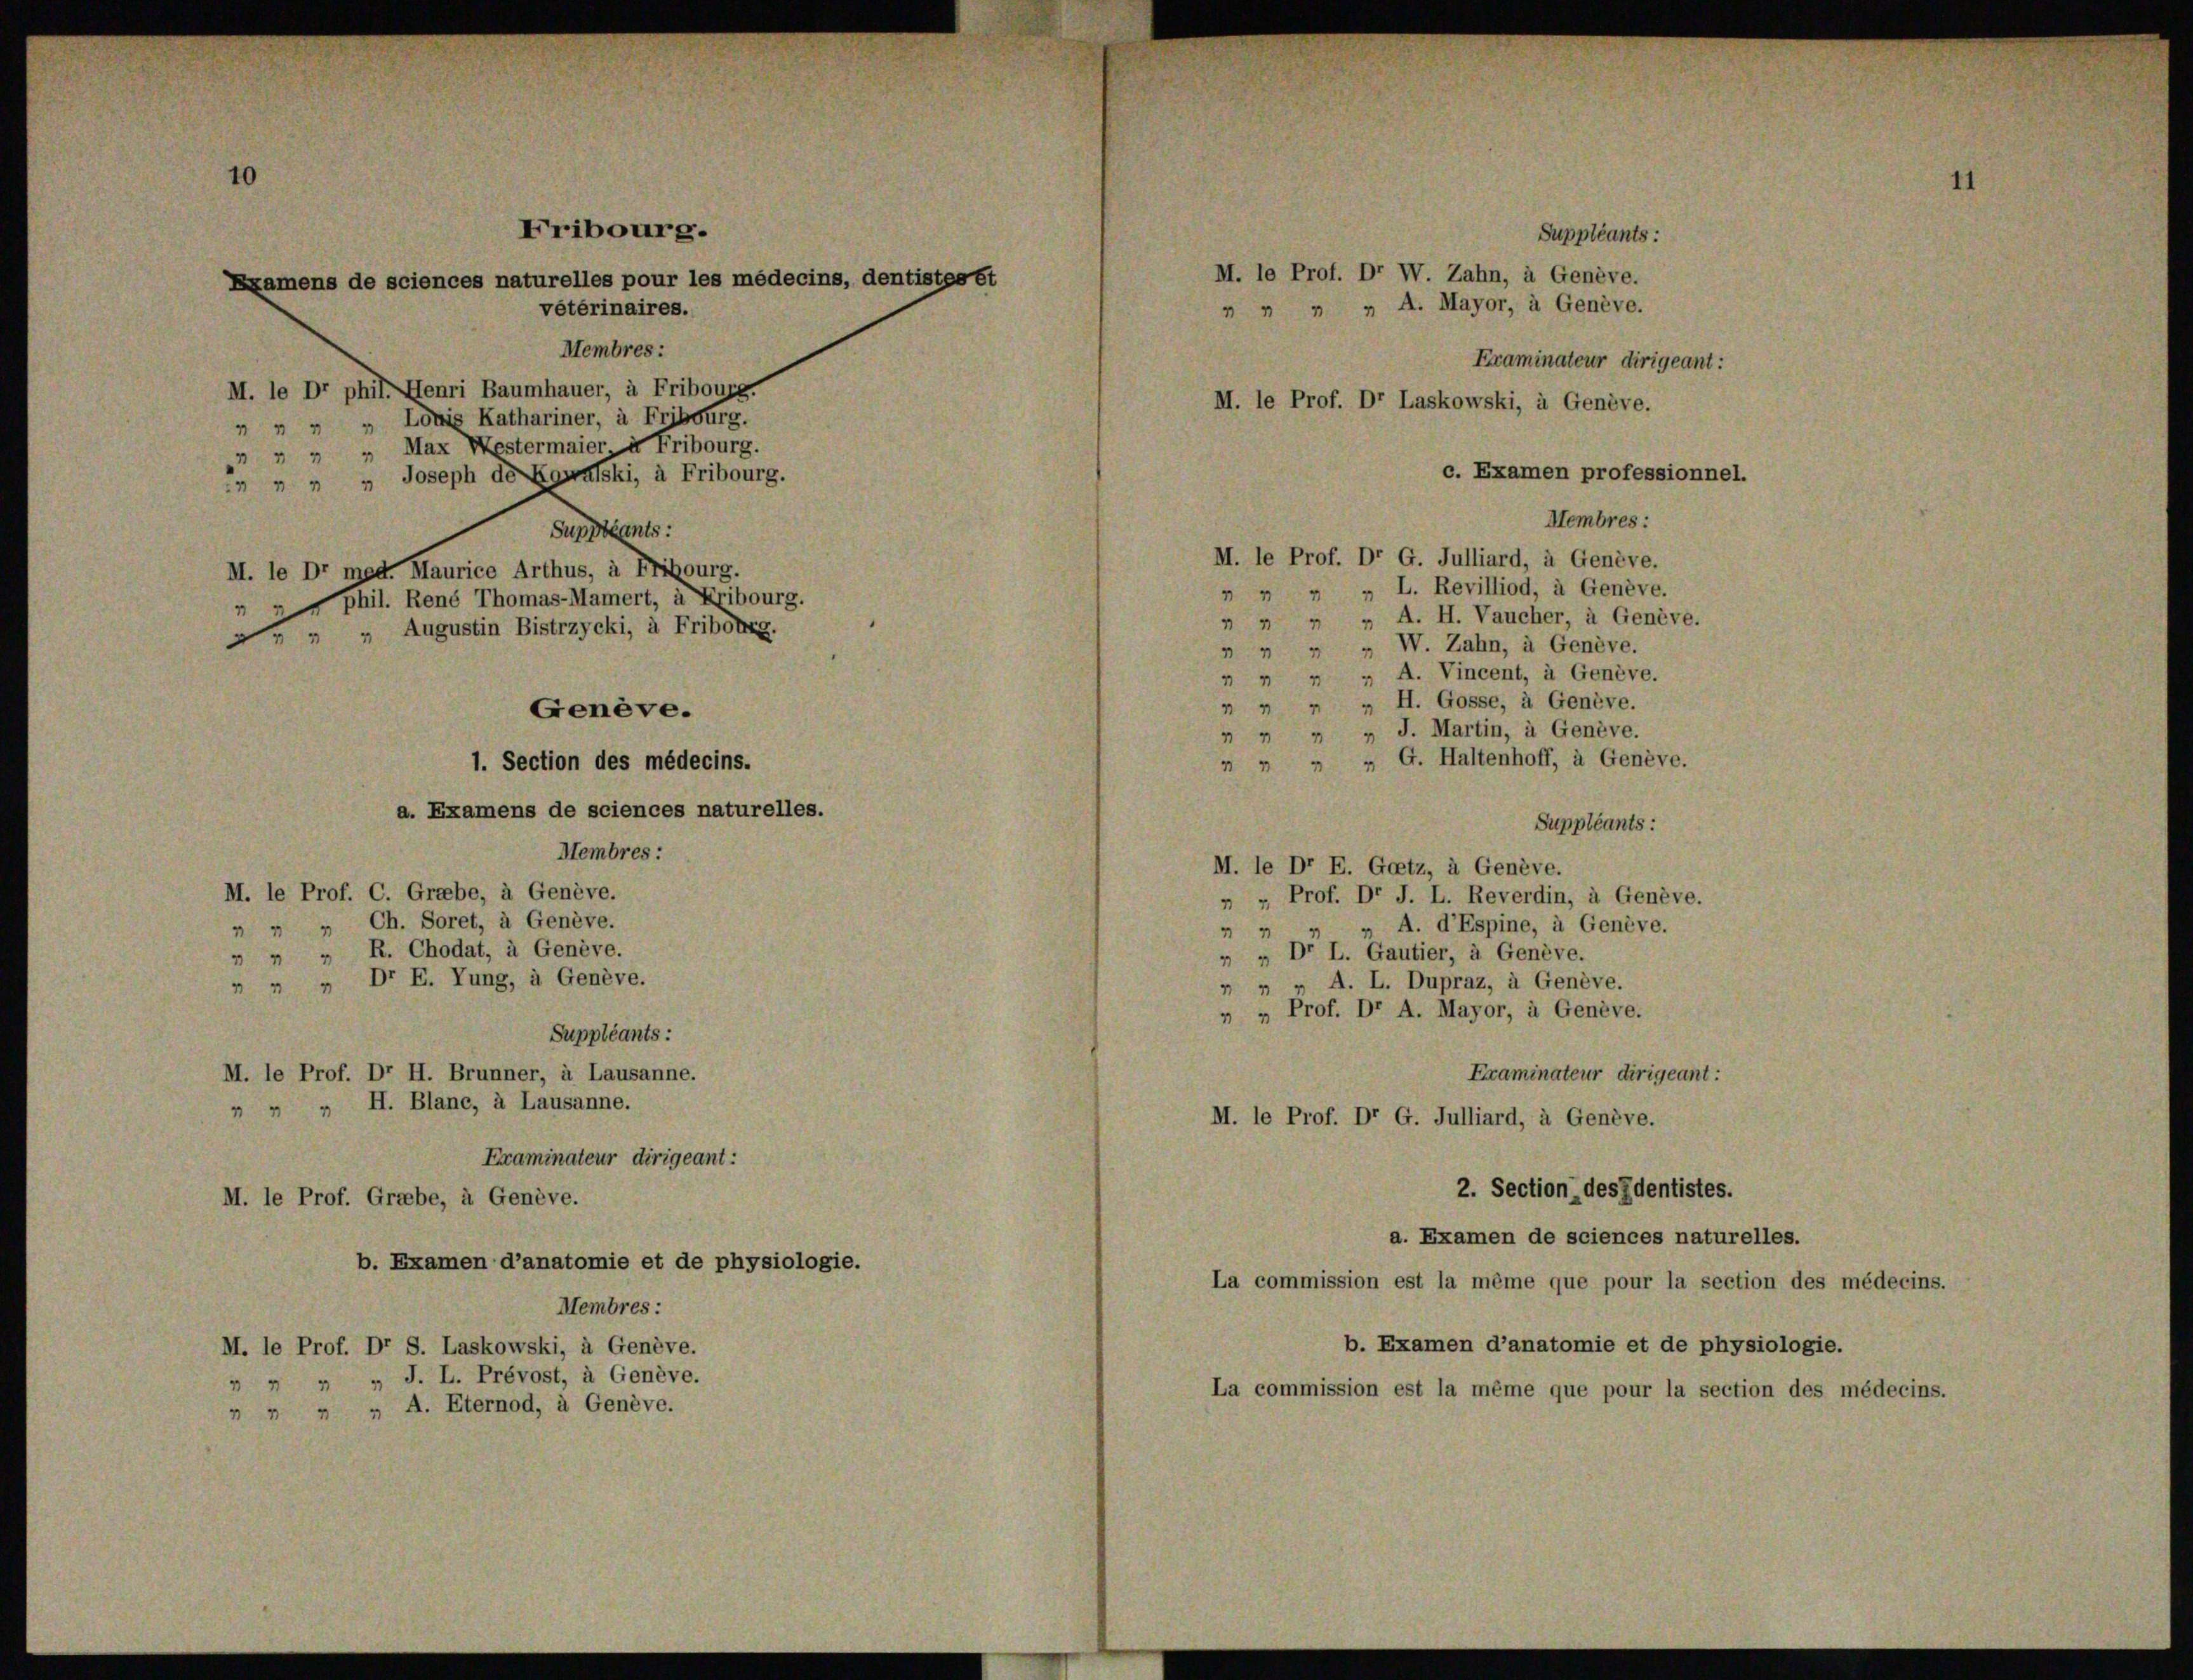
10

Fribourg.
Examens de sciences naturelles pour les médecins, dentistes et
veterinaires.
Membres:

M. le Dr phil. Henri Baumhauer, à Fribourg.
 " " " Lönig Kathariner, à Fribourg.
 " " " Max Westermaier, à Fribourg.
 " " " Joseph dé Kgwalski, à Fribourg.
Suppleants:
M. le Dr med. Maurice Arthus, à Fribourg.
phil. René Thomas-Mamert, à Fribourg.
 " " Augustin Bistrzycki, à Fribourg.
Membres:
M. le Prof. C. Grabe, à Genève.
 " " Ch. Soret, à Genève.
 " " R. Chodat, à Genève.
 " " Dr E. Tung, à Genève.
Suppléants:
M. le Prof. Dr H. Brunner, à Lausanne.
 " " H. Blanc, à Lausanne.
Examinateur dirigeant:
M. le Prof. Grabe, à Genève.
b. Examen d’anatomie et de physiologie.
Membres:
M. le Prof. Dr S. Laskowski, à Genève.
 " " " J. L. Prévost, à Genève.
 " " " A. Eternod, à Genève.

Genève.
1. Section des médecins.
a. Examens de sciences naturelles.

c. Examen professionnel.
Membres:
M. le Prof. Dr G. Julliard, à Genève.
 " " " L. Revilliod, à Genève.
 " " " A. H. Vaucher, à Genève.
 " " W. Zahn, à Genève.
 " " A. Vincent, à Genève.
 " " " H. Gosse, à Genève.
 " " " J. Martin, à Genève.
n " " " G. Haltenhoff, à Genève.
Suppléants:
M. le Dr E. Goetz, à Genève.
" " Prof. Dr J. L. Reverdin, à Genève.
 „ A. d’Espine, à Genève.
“
 „ Dr L. Gautier, à Genève.
 „ „ A. L. Dupraz, à Genève.
„ „ Prof. Dr A. Mayor, à Genève.
Examinateur dirigeant:
M. le Prof. Dr G. Julliard, à Genève.
2. Section des Identistes.
a. Examen de sciences naturelles.
La commission est la même que pour la section des médecins.
b. Examen d’anatomie et de physiologie.
La commission est la même que pour la section des médecins.

Suppléants:
M. le Prof. Dr W. Zahn, à Genève.
  „ „ A. Mayor, à Genève.
Examinateur dirigeant:
M. le Prof. Dr Laskowski, à Genève.